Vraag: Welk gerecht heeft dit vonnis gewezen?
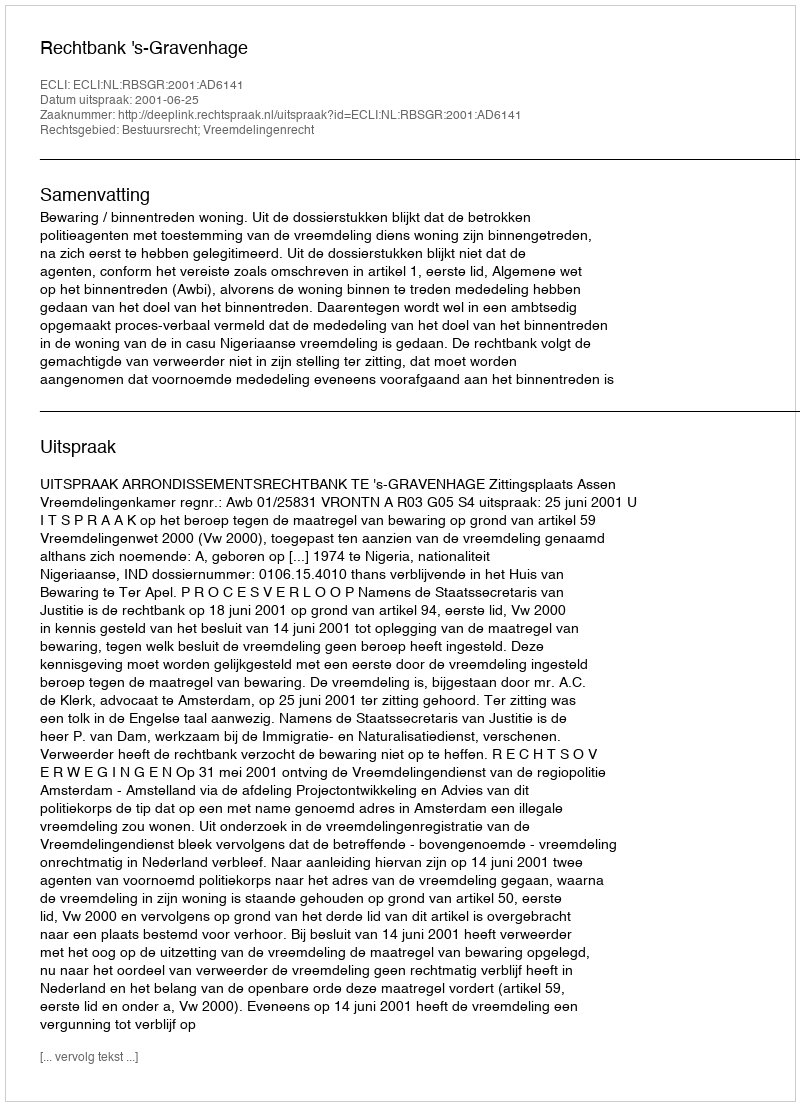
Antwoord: Rechtbank 's-Gravenhage